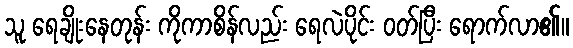
သူ ရေချိုးနေတုန်း ကိုကာစိန်လည်း ရေလဲပိုင်း ဝတ်ပြီး ရောက်လာ၏။